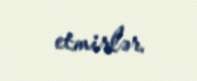
etmirlər.